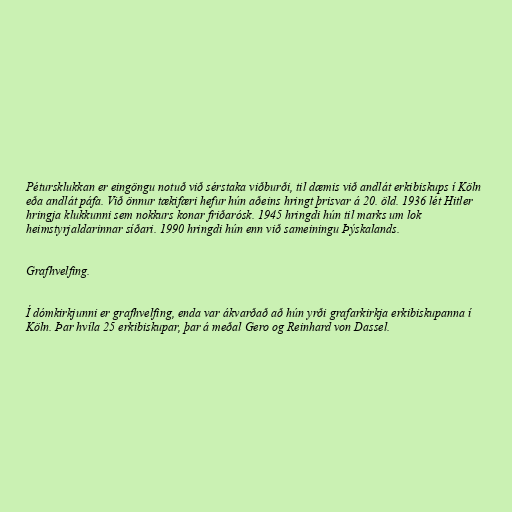
Pétursklukkan er eingöngu notuð við sérstaka viðburði, til dæmis við andlát erkibiskups í Köln
eða andlát páfa. Við önnur tækifæri hefur hún aðeins hringt þrisvar á 20. öld. 1936 lét Hitler
hringja klukkunni sem nokkurs konar friðarósk. 1945 hringdi hún til marks um lok
heimstyrjaldarinnar síðari. 1990 hringdi hún enn við sameiningu Þýskalands.

Grafhvelfing.

Í dómkirkjunni er grafhvelfing, enda var ákvarðað að hún yrði grafarkirkja erkibiskupanna í
Köln. Þar hvíla 25 erkibiskupar, þar á meðal Gero og Reinhard von Dassel.